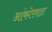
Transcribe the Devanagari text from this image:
आंकोरवाट